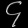
Digit: ၄